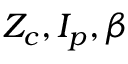
Z _ { c } , I _ { p } , \beta